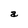
Character: a